18_100754_ General 1946-7_Vol_2
Agency: Department of War
Incident date: 12/30/47
Page 2
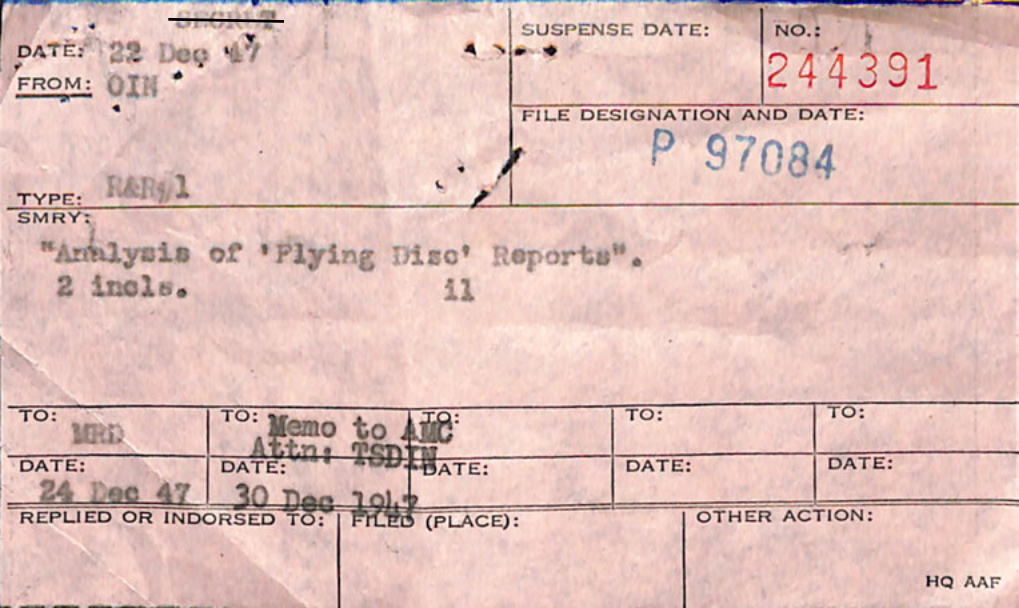